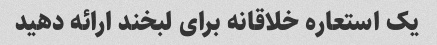
یک استعاره خلاقانه برای لبخند ارائه دهید